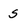
Character: S